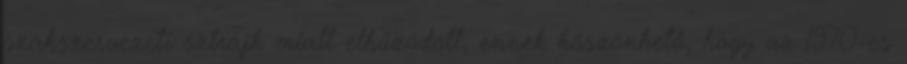
szakszervezeti sztrájk miatt elhúzódott, ennek köszönhető, hogy az 1970-es